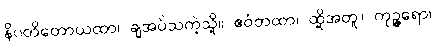
နိပတိတောယထာ၊ ချအပ်သကဲ့သို့။ ဧဝံတထာ၊ ထို့အတူ။ ကုဉ္ဇရော၊